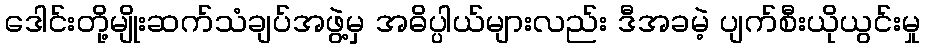
ဒေါင်းတို့မျိုးဆက်သံချပ်အဖွဲ့မှ အဓိပ္ပါယ်များလည်း ဒီအခမဲ့ ပျက်စီးယိုယွင်းမှု